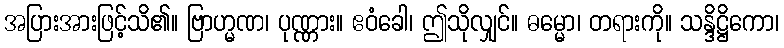
အပြားအားဖြင့်သိ၏။ ဗြာဟ္မဏ၊ ပုဏ္ဏား။ ဧဝံခေါ၊ ဤသိုလျှင်။ ဓမ္မော၊ တရားကို။ သန္ဒိဋ္ဌိကော၊